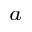
^ { a }